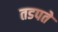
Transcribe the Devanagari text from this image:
तडपते